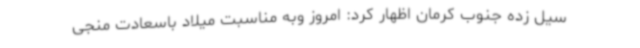
سیل زده جنوب کرمان اظهار کرد: امروز وبه مناسبت میلاد باسعادت منجی